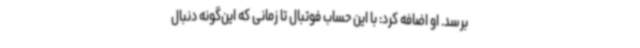
برسد. او اضافه کرد: با این حساب فوتبال تا زمانی که این‌گونه دنبال